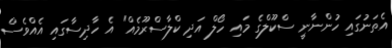
އެތަނުގައި ހުންނާނީ ސްކޫލްގެ މައި ހޯލް އަދި ކްލާސްރޫމެއް" އެ ހާދިސާގައި އެއްވެސް